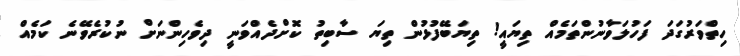
ހިތްވަރުގަދަ ފަހުލަވާނުންތަމެއް ތިޔައީ! ތިޔަބޭފުޅުން ތިޔަ ސާބިތު ކޮށްދެއްވަނީ ދިވެހިންނަށް ނުކުރެވޭނެ ކަމެއް